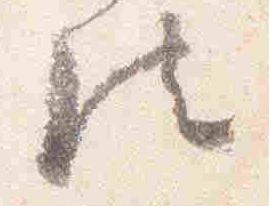
法